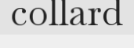
collard